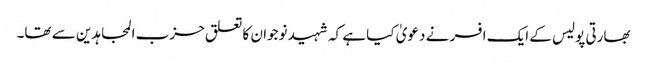
بھارتی پولیس کے ایک افسر نے دعویٰ کیا ہے کہ شہید نوجوان کا تعلق حزب المجاہدین سے تھا۔